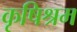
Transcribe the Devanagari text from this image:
कृषिश्रम